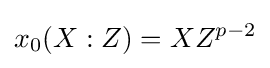
x_{0}(X:Z)=XZ^{p-2}